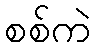
စစ်ကဲ